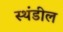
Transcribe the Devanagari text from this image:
स्थंडील